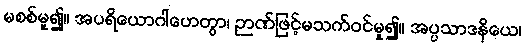
မစစ်မူ၍။ အပရိယောဂါဟေတွာ၊ ဉာဏ်ဖြင့်မသက်ဝင်မူ၍။ အပ္ပသာဒနိယေ၊